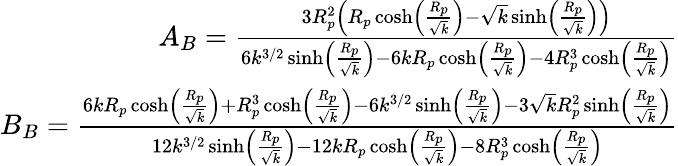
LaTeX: \begin{array}{r}{A_{B}=\frac{3R_{p}^{2}\left(R_{p}\cosh\left(\frac{R_{p}}{\sqrt{k}}\right)-\sqrt{k}\sinh\left(\frac{R_{p}}{\sqrt{k}}\right)\right)}{6k^{3/2}\sinh\left(\frac{R_{p}}{\sqrt{k}}\right)-6kR_{p}\cosh\left(\frac{R_{p}}{\sqrt{k}}\right)-4R_{p}^{3}\cosh\left(\frac{R_{p}}{\sqrt{k}}\right)}}\\ {B_{B}=\frac{6kR_{p}\cosh\left(\frac{R_{p}}{\sqrt{k}}\right)+R_{p}^{3}\cosh\left(\frac{R_{p}}{\sqrt{k}}\right)-6k^{3/2}\sinh\left(\frac{R_{p}}{\sqrt{k}}\right)-3\sqrt{k}R_{p}^{2}\sinh\left(\frac{R_{p}}{\sqrt{k}}\right)}{12k^{3/2}\sinh\left(\frac{R_{p}}{\sqrt{k}}\right)-12kR_{p}\cosh\left(\frac{R_{p}}{\sqrt{k}}\right)-8R_{p}^{3}\cosh\left(\frac{R_{p}}{\sqrt{k}}\right)}}\end{array}